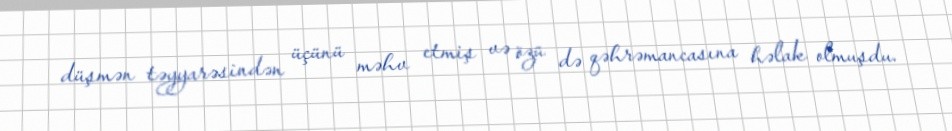
düşmən təyyarəsindən üçünü məhv etmiş və özü də qəhrəmancasına həlak olmuşdu.